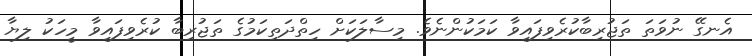
އެނގޭ ނުވަތަ ތަޖުރިބާކުރެވިފައިވާ ކަމަކުންނެވެ. މިސާލަކަށް ހިތްދަތިކަމުގެ ތަޖުރިބާ ކުރެވިފައިވާ މީހަކު ލިޔާ